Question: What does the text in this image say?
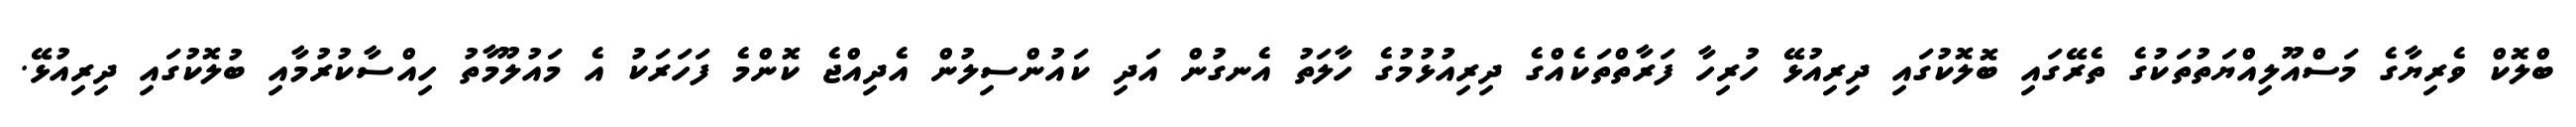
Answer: ބްލޮކް ވެރިޔާގެ މަސްއޫލިއްޔަތުތަކުގެ ތެރޭގައި ބޮލޮކުގައި ދިރިއުޅޭ ހުރިހާ ފަރާތްތަކެއްގެ ދިރިއުޅުމުގެ ހާލަތު އެނގުން އަދި ކައުންސިލުން އެދިއްޖެ ކޮންމެ ފަހަރަކު އެ މައުލޫމާތު ހިއްސާކުރުމާއި ބުލޮކުގައި ދިރިއުޅޭ.